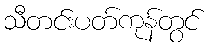
သီတင်းပတ်ကုန်တွင်